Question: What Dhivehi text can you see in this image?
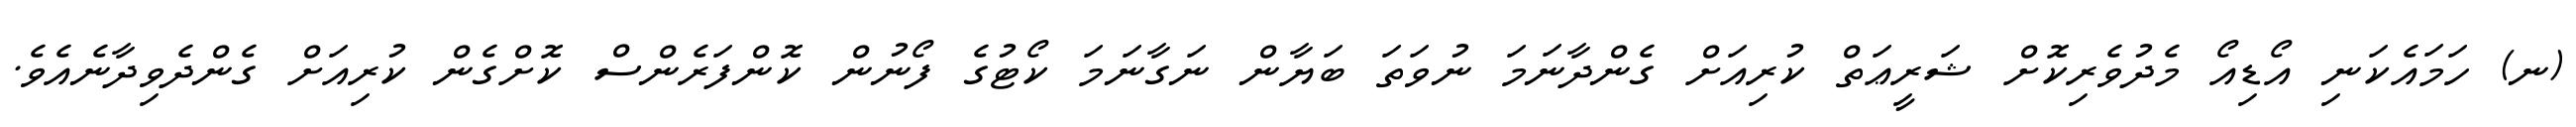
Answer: (ނ) ހަމައެކަނި އޯޑިއޯ މެދުވެރިކޮށް ޝަރީޢަތް ކުރިއަށް ގެންދާނަމަ ނުވަތަ ބަޔާން ނަގާނަމަ ކޯޓުގެ ފޯނުން ކޮންފަރެންސް ކޮށްގެން ކުރިއަށް ގެންދެވިދާނެއެވެ.